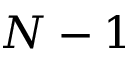
N - 1